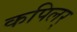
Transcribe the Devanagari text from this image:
कपिलर्